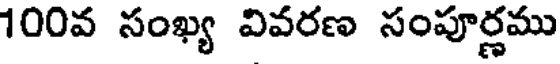
100వ సంఖ్య వివరణ సంపూర్ణము